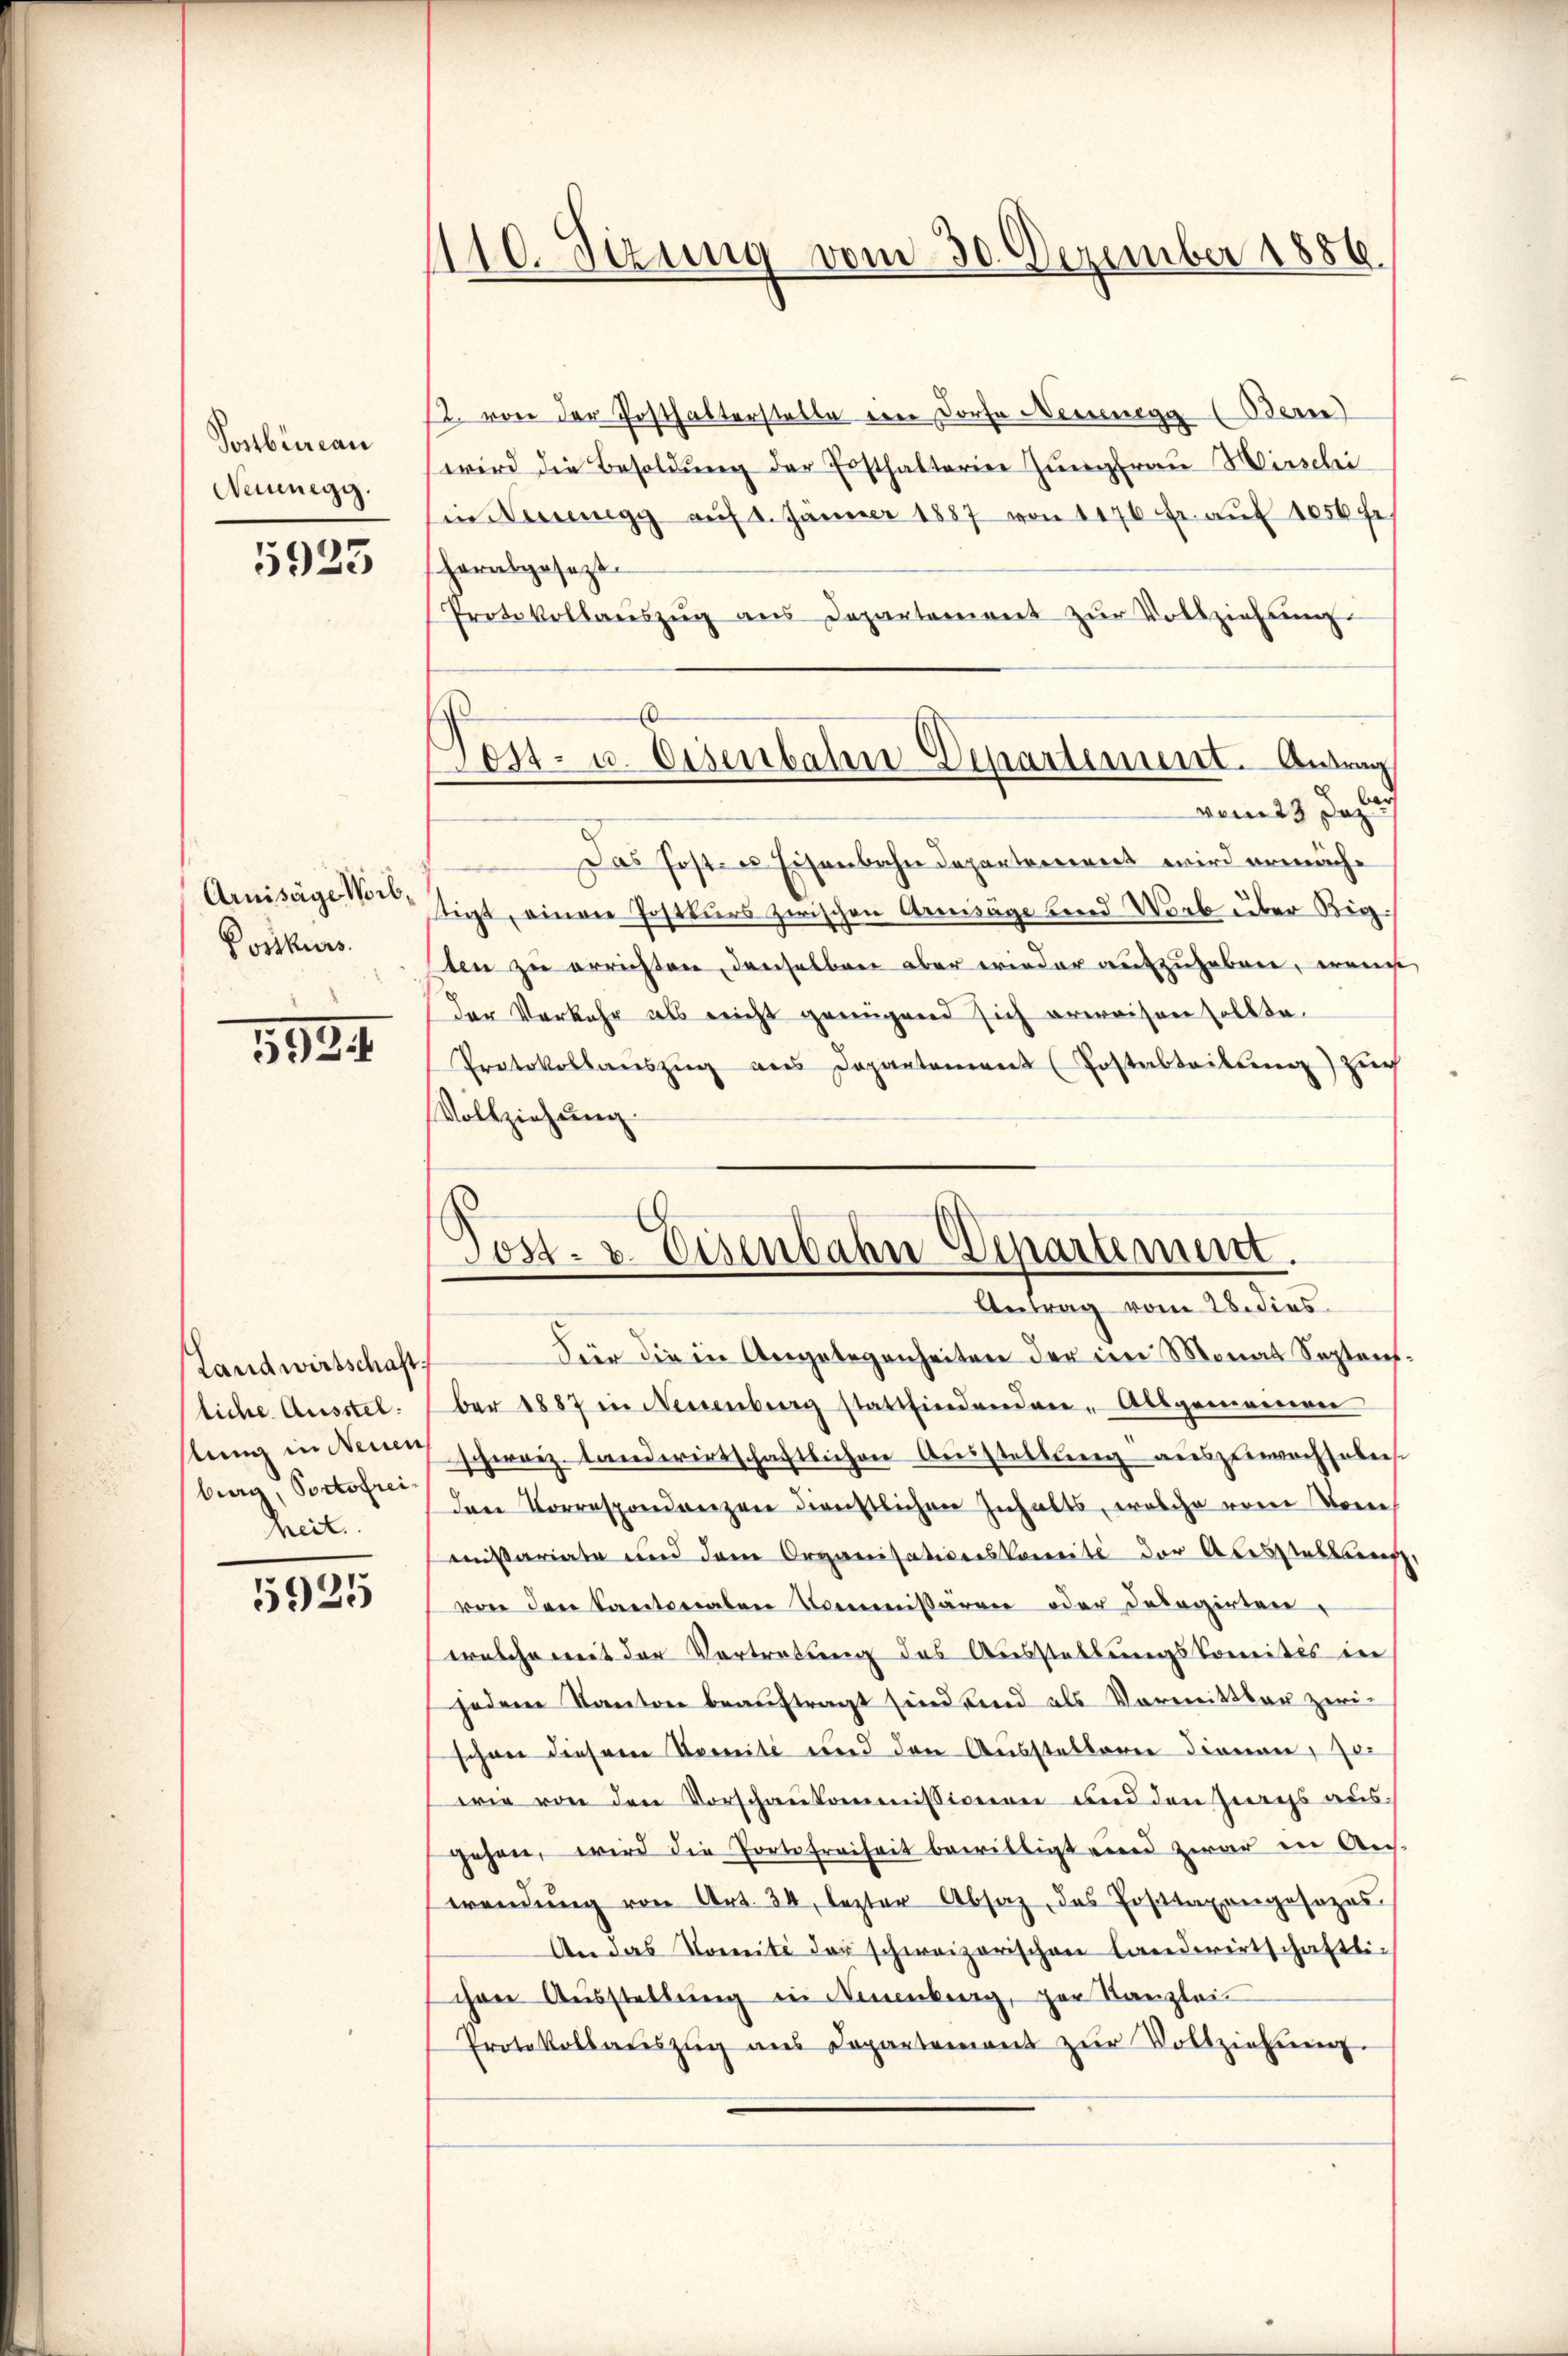
Postbüreau
Neinnegg.

5923

Arnisäge Weib¬
Postkurs

1524

Landwirtschaft
liche Ausstel
lung in Neuen
burg, Portofrei
heit.

5925

1110. Sizung vom 30. Dezember 1886.

12. von der Posthalterstelle eine Dorfe Niedenegg (Bern
wird die Besoldung der Ersthalterine Zungfrau Mischei
in Neuenegg aŭf 1. Jänner 1887 von 1170 fr. aŭf 1056 f
herabgesetzt
Protokollaŭszŭg ans Departement zŭr Vollziehŭng
Be¬
Das Post- u Eisenbahndepartement wird ermächtigt, einen Postkurs zwischen Armsäge bend Worb über Big
ten zu errichten, denselben aber wieder aufzuheben, wange
der Verkehr als nicht genügend sich erweisen sollte.
Protokollaŭszŭg ans Departement (Postabteilŭng Zuch
Vollziehung.

.
Post- u. Eisenbahn-Departement. Antrag
vom 23 Dez.

ost- u. Eisenbahn-Departement.
Antrag vom 28. dies

Für die in Angelegenheiten der im Monat Septaufber 1887 in Neuenburg stattfindenden Allgemeinen
schweiz. Landwirtschaftlichen Ausstellung ausgewachsoberse
den Korrespondenzen dienstlichen Inhalts, welche vom Ver
nitariate und dem Organisationskomite der Ausstellung,
von den Kantonalen Kommissären oder Delegirten
welche mit der Vortretung des Ausstellungskomisis in
jedem Kanton beauftragt sind sind als Vormittler zwi-
schon diesem Komité und den Ausstellern dienen, o
wie von den Vorschaukommissionen und den Zings aus
gehen, wird die Portofreiheit bewilligt und zwar in An
wendŭng von Art. 34, letzter Absaz, das Erstapongesezes
An das Domité der schweizerischen Landwirtschaftli-
chen Aŭsstellŭng in Neuenburg, der Kanzlei
Protokollaŭszŭg ans Departement zŭr Vollziehung